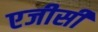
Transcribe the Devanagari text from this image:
एजीसी